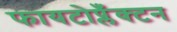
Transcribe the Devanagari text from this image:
फायटोप्लँक्टन